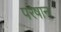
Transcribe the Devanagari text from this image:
परेषान